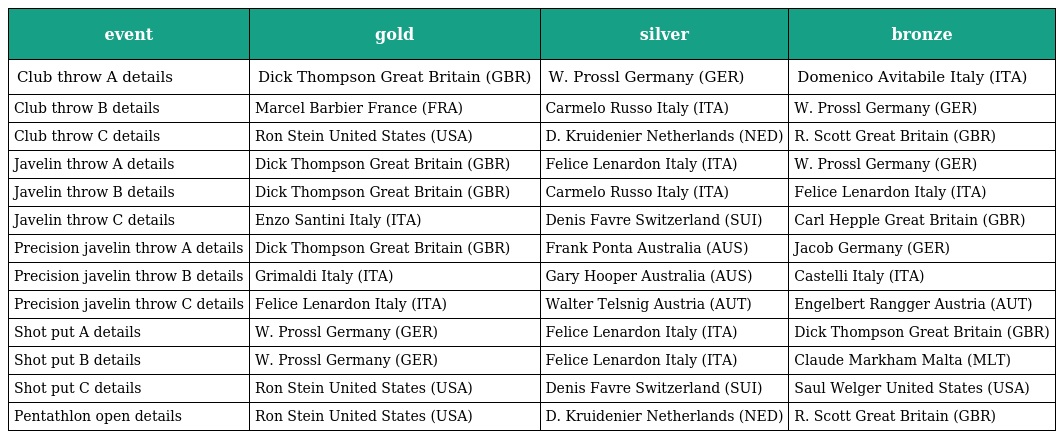
| event | gold | silver | bronze |
 | --- | --- | --- | --- |
 | Club throw A details | Dick Thompson Great Britain (GBR) | W. Prossl Germany (GER) | Domenico Avitabile Italy (ITA) |
 | Club throw B details | Marcel Barbier France (FRA) | Carmelo Russo Italy (ITA) | W. Prossl Germany (GER) |
 | Club throw C details | Ron Stein United States (USA) | D. Kruidenier Netherlands (NED) | R. Scott Great Britain (GBR) |
 | Javelin throw A details | Dick Thompson Great Britain (GBR) | Felice Lenardon Italy (ITA) | W. Prossl Germany (GER) |
 | Javelin throw B details | Dick Thompson Great Britain (GBR) | Carmelo Russo Italy (ITA) | Felice Lenardon Italy (ITA) |
 | Javelin throw C details | Enzo Santini Italy (ITA) | Denis Favre Switzerland (SUI) | Carl Hepple Great Britain (GBR) |
 | Precision javelin throw A details | Dick Thompson Great Britain (GBR) | Frank Ponta Australia (AUS) | Jacob Germany (GER) |
 | Precision javelin throw B details | Grimaldi Italy (ITA) | Gary Hooper Australia (AUS) | Castelli Italy (ITA) |
 | Precision javelin throw C details | Felice Lenardon Italy (ITA) | Walter Telsnig Austria (AUT) | Engelbert Rangger Austria (AUT) |
 | Shot put A details | W. Prossl Germany (GER) | Felice Lenardon Italy (ITA) | Dick Thompson Great Britain (GBR) |
 | Shot put B details | W. Prossl Germany (GER) | Felice Lenardon Italy (ITA) | Claude Markham Malta (MLT) |
 | Shot put C details | Ron Stein United States (USA) | Denis Favre Switzerland (SUI) | Saul Welger United States (USA) |
 | Pentathlon open details | Ron Stein United States (USA) | D. Kruidenier Netherlands (NED) | R. Scott Great Britain (GBR) |